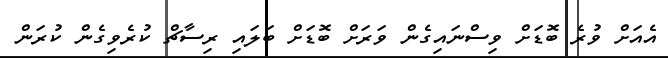
އެއަށް ވުރެ ބޮޑަށް ވިސްނައިގެން ވަރަށް ބޮޑަށް ބަލައި ރިސާޗް ކުރެވިގެން ކުރަން